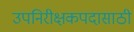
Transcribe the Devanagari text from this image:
उपनिरीक्षकपदासाठी